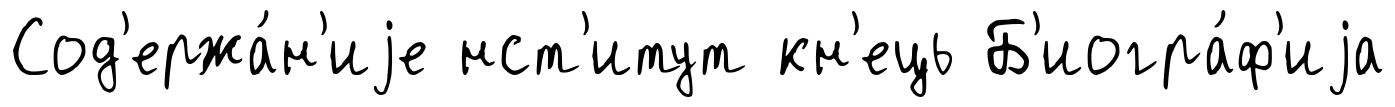
Сод'ержа́н'иjе нст'итут кн'ець Б'иогра́ф'иjа